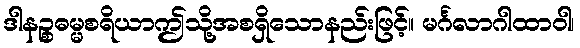
ဒါနဉ္စဓမ္မစရိယာဤသို့အစရှိသောနည်းဖြင့်။ မင်္ဂလာဂါထာဝါ၊